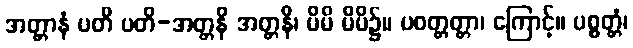
အတ္တာနံ ပတိ ပတိ-အတ္တနိ အတ္တနိ၊ မိမိ မိမိ၌။ ပဝတ္တတ္တာ၊ ကြောင့်။ ပစ္စတ္တံ၊